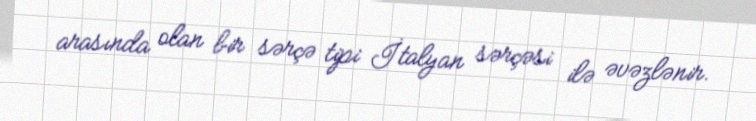
arasında olan bir sərçə tipi İtalyan sərçəsi ilə əvəzlənir.